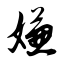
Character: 嫌